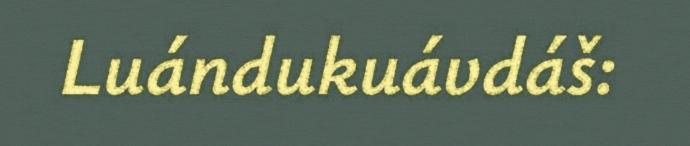
Luándukuávdáš: